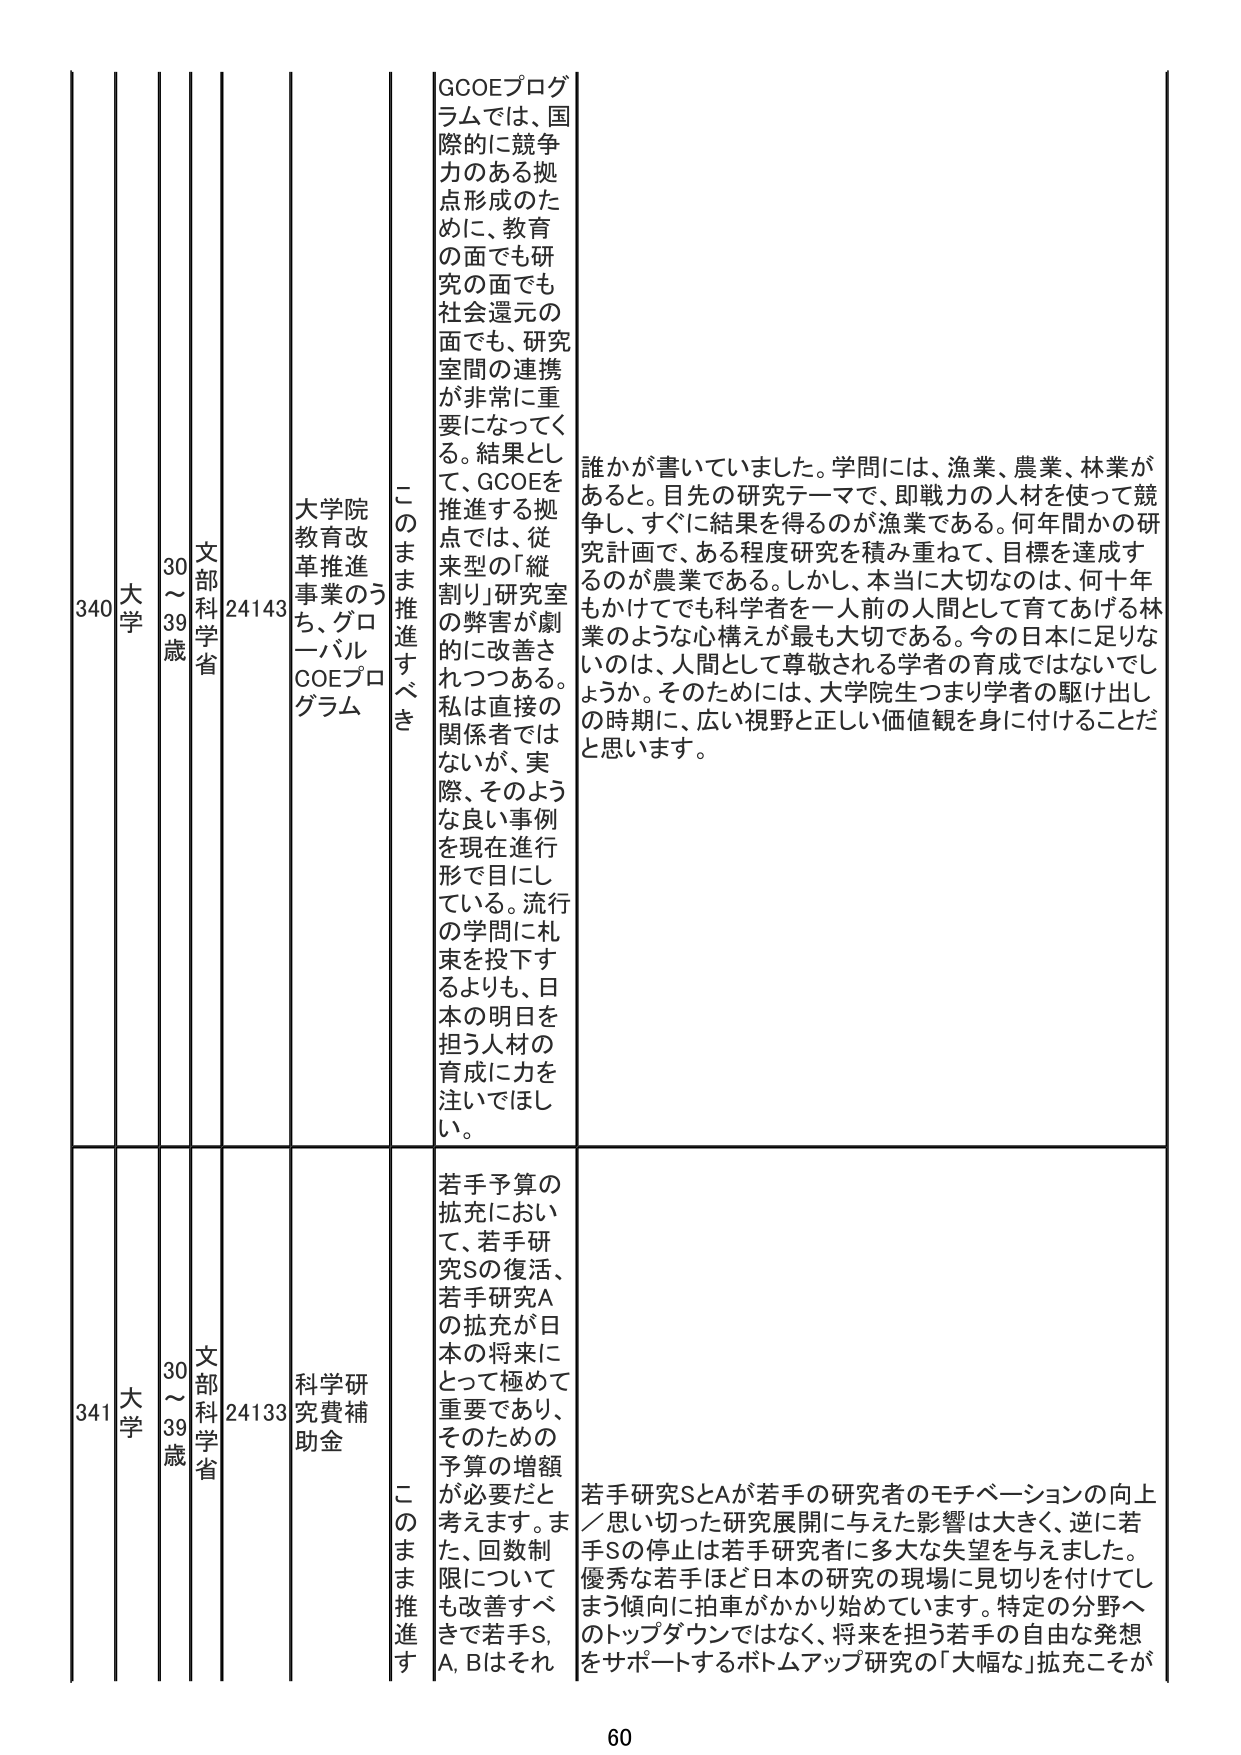
340 大学 30～39歳 文部科学省 24143 大学院教育改革推進事業のうち、グローバルCOEプログラム このまま推進すべき GCOEプログラムでは、国際的に競争力のある拠点形成のために、教育の面でも研究の面でも社会還元の面でも、研究室間の連携が非常に重要になってくる。結果として、GCOEを推進する拠点では、従来型の「縦割り」研究室の弊害が劇的に改善されつつある。私は直接の関係者ではないが、実際、そのような良い事例を現在進行形で目にしている。流行の学問に札束を投下するより、日本の明日を担う人材の育成に力を注いでほしい。 誰かが書いていました。学問には、漁業、農業、林業があると。目先の研究テーマで、即戦力の人材を使って競争し、すぐに結果を得るのが漁業である。何年間かの研究計画で、ある程度研究を積み重ねて、目標を達成するのが農業である。しかし、本当に大切なのは、何十年もかけてでも科学者を一人前の人間として育てあげる林業のような心構えが最も大切である。今の日本に足りないのは、人間として尊敬される学者の育成ではないでしょうか。そのためには、大学院生つまり学者の駆け出しの時期に、広い視野と正しい価値観を身に付けることだと思います。

341 大学 30～39歳 文部科学省 24133 科学研究費補助金 このまま推進す 若手予算の拡充において、若手研究Sの復活、若手研究Aの拡充が日本の将来にとって極めて重要であり、そのための予算の増額が必要だと考えます。また、回数制限についても改善すべきで若手S, A, Bはそれ 若手研究SとAが若手の研究者のモチベーションの向上／思い切った研究展開に与えた影響は大きく、逆に若手Sの停止は若手研究者に多大な失望を与えました。優秀な若手ほど日本の研究の現場に見切りを付けてしまう傾向に拍車がかかり始めています。特定の分野へのトップダウンではなく、将来を担う若手の自由な発想をサポートするボトムアップ研究の「大幅な」拡充こそが

60